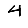
Digit: 4